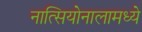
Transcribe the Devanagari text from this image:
नात्सियोनालामध्ये